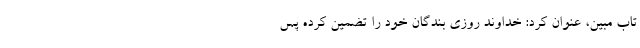
ِتَابٍ مُّبِینٍ، عنوان کرد: خداوند روزی بندگان خود را تضمین کرده پس